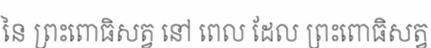
នៃ ព្រះពោធិសត្វ នៅ ពេល ដែល ព្រះពោធិសត្វ